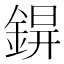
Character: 𨨊